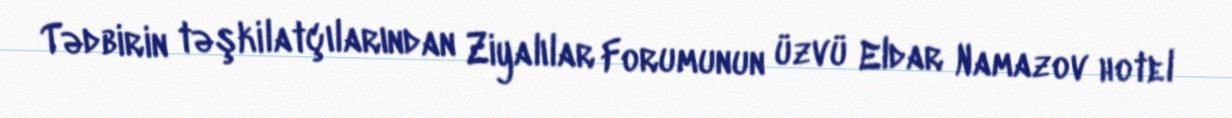
Tədbirin təşkilatçılarından Ziyalılar Forumunun üzvü Eldar Namazov hotel